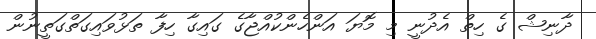
ދާނިޝް ގެ ހިތް އެދުނީ މި މޮޔަ އަންހެންކުއްޖާގެ ގައިގާ ހިފާ ތަޅުވައިގަތްގަތީނުން